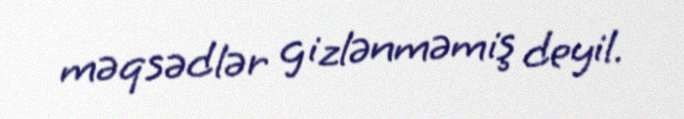
məqsədlər gizlənməmiş deyil.